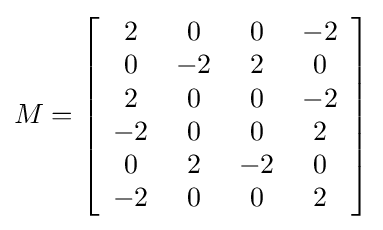
M=\left[{\begin{array}{*{10}c}2&0&0&-2\\0&-2&2&0\\2&0&0&-2\\-2&0&0&2\\0&2&-2&0\\-2&0&0&2\\\end{array}}\right]